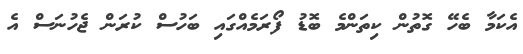
އެކަމާ ބެހޭ ގޮތުން ކިތަންމެ ބޮޑު ފޯރަމެއްގައި ބަހުސް ކުރަން ޖެހުނަސް އެ